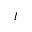
l